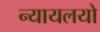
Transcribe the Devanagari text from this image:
न्यायलयो